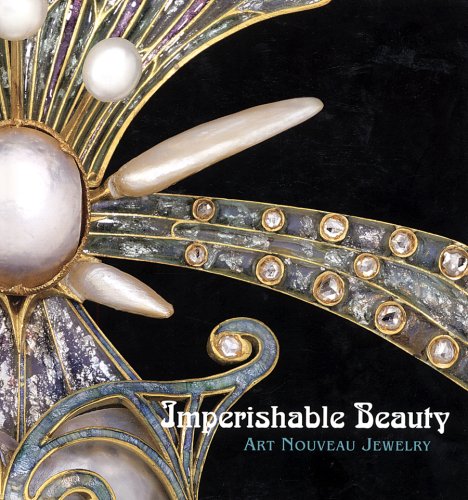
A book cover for Imperishable Beauty; Yvonne Markowitz; Crafts, Hobbies & Home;